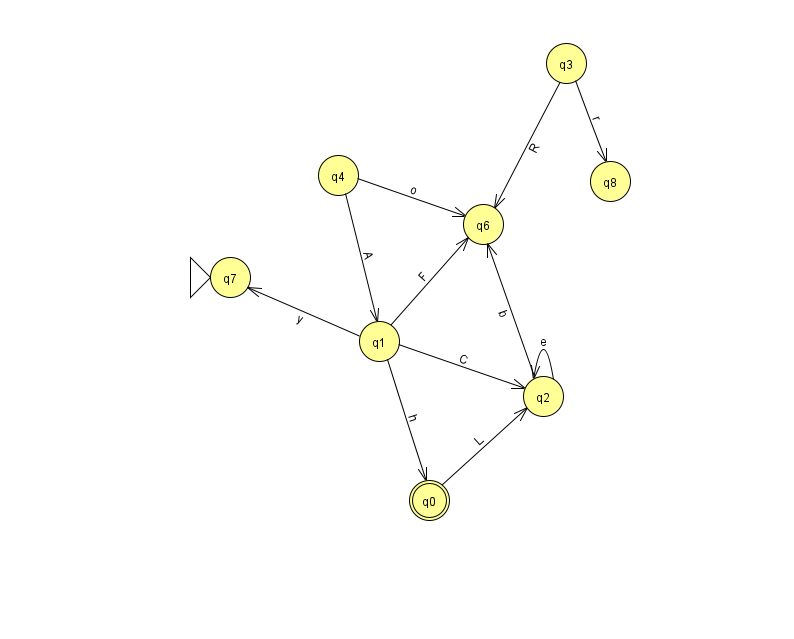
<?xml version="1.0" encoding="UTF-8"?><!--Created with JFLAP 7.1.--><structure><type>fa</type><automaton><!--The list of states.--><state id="0" name="q0"><x>429.0</x><y>487.0</y><final/></state><state id="1" name="q1"><x>379.0</x><y>328.0</y></state><state id="2" name="q2"><x>543.0</x><y>383.0</y></state><state id="3" name="q3"><x>566.0</x><y>50.0</y></state><state id="4" name="q4"><x>338.0</x><y>162.0</y></state><state id="6" name="q6"><x>483.0</x><y>211.0</y></state><state id="7" name="q7"><x>230.0</x><y>264.0</y><initial/></state><state id="8" name="q8"><x>610.0</x><y>168.0</y></state><!--The list of transitions.--><transition><from>0</from><to>2</to><read>L</read></transition><transition><from>3</from><to>8</to><read>r</read></transition><transition><from>1</from><to>0</to><read>h</read></transition><transition><from>2</from><to>2</to><read>e</read></transition><transition><from>1</from><to>2</to><read>C</read></transition><transition><from>3</from><to>6</to><read>R</read></transition><transition><from>4</from><to>6</to><read>o</read></transition><transition><from>1</from><to>7</to><read>y</read></transition><transition><from>1</from><to>6</to><read>F</read></transition><transition><from>2</from><to>6</to><read>b</read></transition><transition><from>4</from><to>1</to><read>A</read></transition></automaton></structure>